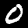
Label: 0